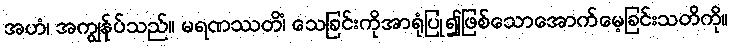
အဟံ၊ အကျွန်ုပ်သည်။ မရဏဿတိံ၊ သေခြင်းကိုအာရုံပြု၍ဖြစ်သောအောက်မေ့ခြင်းသတိကို။